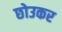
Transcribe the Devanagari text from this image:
छोउकर